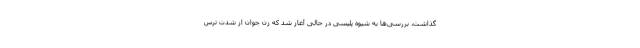
گذاشت، بررسی‌ها به شیوه پلیسی در حالی آغاز شد که زن جوان از شدت ترس